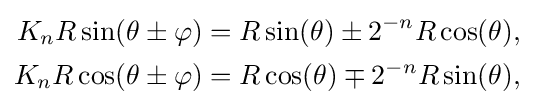
{\begin{aligned}K_{n}R\sin(\theta \pm \varphi )&=R\sin(\theta )\pm 2^{-n}R\cos(\theta ),\\K_{n}R\cos(\theta \pm \varphi )&=R\cos(\theta )\mp 2^{-n}R\sin(\theta ),\\\end{aligned}}